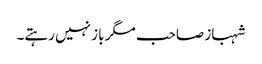
شہباز صاحب مگر باز نہیں رہتے۔